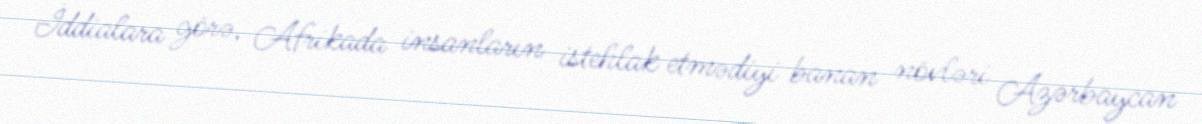
İddialara görə, Afrikada insanların istehlak etmədiyi banan növləri Azərbaycan